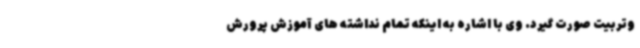
وتربیت صورت گیرد. وی با اشاره به اینکه تمام نداشته های آموزش پرورش